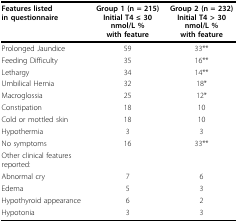
<table><thead><tr><td><b>Features listed in questionnaire</b></td><td><b>Group 1 (n = 215) Initial T4 ≤ 30 nmol/L % with feature</b></td><td><b>Group 2 (n = 232) Initial T4 &gt; 30 nmol/L % with feature</b></td></tr></thead><tbody><tr><td>Prolonged Jaundice</td><td>59</td><td>33**</td></tr><tr><td>Feeding Difficulty</td><td>35</td><td>16**</td></tr><tr><td>Lethargy</td><td>34</td><td>14**</td></tr><tr><td>Umbilical Hernia</td><td>32</td><td>18*</td></tr><tr><td>Macroglossia</td><td>25</td><td>12*</td></tr><tr><td>Constipation</td><td>18</td><td>10</td></tr><tr><td>Cold or mottled skin</td><td>18</td><td>10</td></tr><tr><td>Hypothermia</td><td>3</td><td>3</td></tr><tr><td>No symptoms</td><td>16</td><td>33**</td></tr><tr><td>Other clinical features reported:</td><td></td><td></td></tr><tr><td>Abnormal cry</td><td>7</td><td>6</td></tr><tr><td>Edema</td><td>5</td><td>3</td></tr><tr><td>Hypothyroid appearance</td><td>6</td><td>2</td></tr><tr><td>Hypotonia</td><td>3</td><td>3</td></tr></tbody></table>